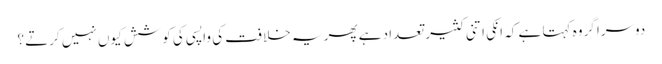
دوسرا گروہ کہتا ہے کہ انکی اتنی کثیر تعداد ہے پھر یہ خلافت کی واپسی کی کوشش کیوں نہیں کرتے ؟